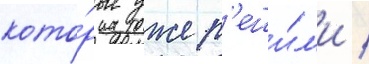
кото́рые уже р'еши́л'и /